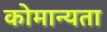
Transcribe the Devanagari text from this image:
कोमान्यता